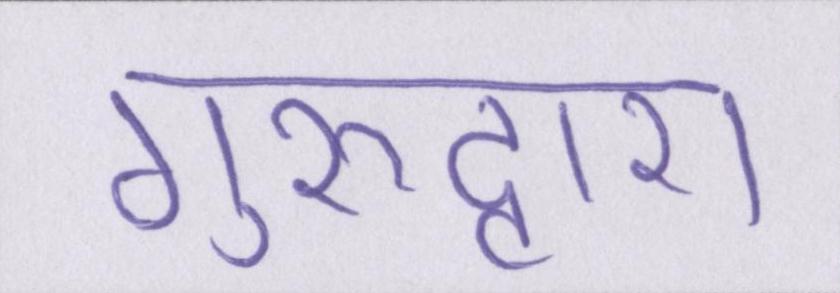
गुरुद्वारा